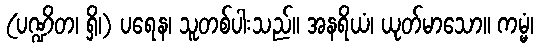
(ပဏ္ဍိတ၊ ရှိ၊) ပရေန၊ သူတစ်ပါးသည်။ အနရိယံ၊ ယုတ်မာသော။ ကမ္မံ၊